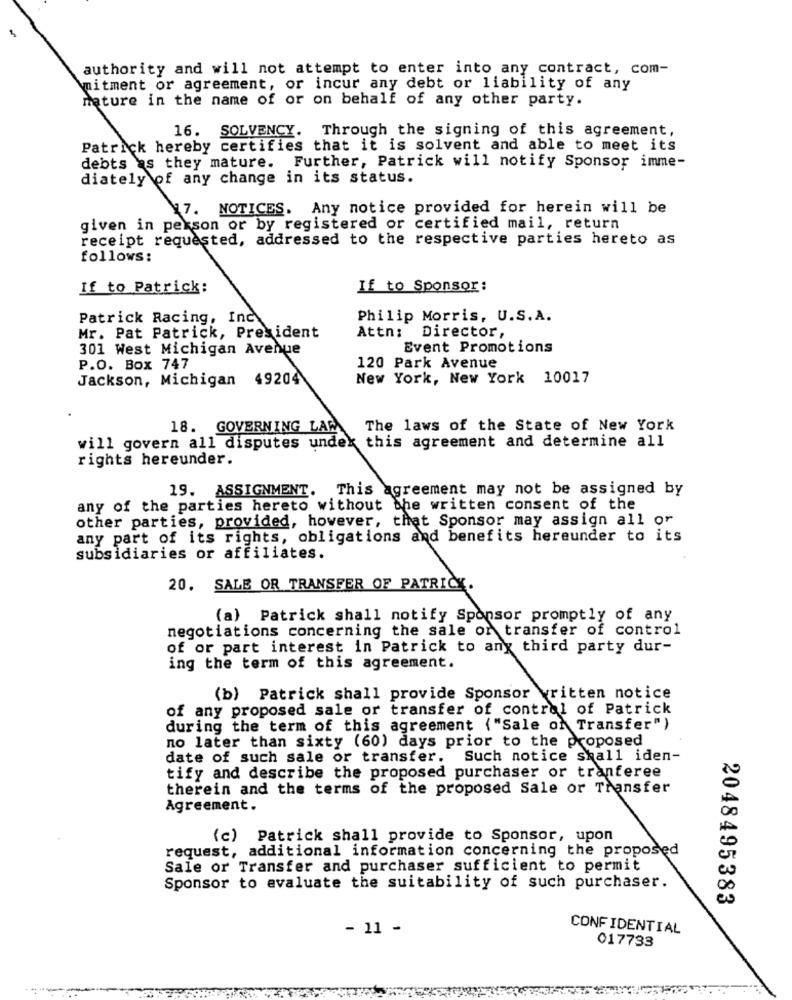
authority and will not attempt to enter into any contract, com-
witment or agreement, or incur any debt or liability of any
mature in the name of or on behalf of any other party.
16. SOLVENCY. Through the signing of this agreement,
Patrick hereby certifies that it is solvent and able to meet its
debts as they mature. Further, Patrick will notify Sponsor imme-
diately of any change in its status.
17. NOTICES. Any notice provided for herein will be
given in person or by registered or certified mail, return
receipt requested, addressed to the respective parties hereto as
follows:
If to Patrick:
If to Sponsor:
Patrick Racing, Inc
Philip Morris, U.S.A.
Mr. Pat Patrick, President
Attn:
Director,
301 West Michigan Avenue
Event Promotions
P.O. Box 747
120 Park Avenue
Jackson, Michigan 49204
New York, New York 10017
18. GOVERNING LAR
The laws of the State of New York
will govern all disputes undex this agreement and determine all
rights hereunder.
19. ASSIGNMENT. This agreement may not be assigned by
any of the parties hereto without the written consent of the
other parties, provided, however, that Sponsor may assign all or
any part of its rights, obligations and benefits hereunder to its
subsidiaries or affiliates.
20. SALE OR TRANSFER OF PATRICK.
(a) Patrick shall notify Sponsor promptly of any
negotiations concerning the sale or transfer of control
of or part interest in Patrick to any third party dur-
ing the term of this agreement.
(b) Patrick shall provide Sponsor written notice
of any proposed sale or transfer of control of Patrick
during the term of this agreement ("Sale of Transfer")
no later than sixty (60) days prior to the proposed
date of such sale or transfer. Such notice shall iden-
tify and describe the proposed purchaser or tranferee
therein and the terms of the proposed Sale or Transfer
Agreement.
(c) Patrick shall provide to Sponsor, upon
request, additional information concerning the proposed
Sale or Transfer and purchaser sufficient to permit
Sponsor to evaluate the suitability of such purchaser.
2048495383
- 11 -
CONFIDENTIAL
017733